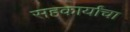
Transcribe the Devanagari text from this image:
सहकार्यांचा